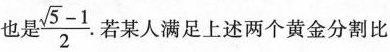
也是$$\frac { \sqrt { 5 } - 1 } { 2 }$$.若某人满足上述两个黄金分割比